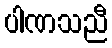
ပါဏသညီ